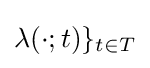
\lambda (\cdot ;t)\}_{t\in T}